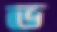
ভ